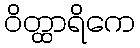
ဝိတ္ထာရိကေ